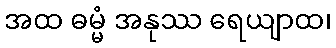
အထ ဓမ္မံ အနုဿ ရေယျာထ၊